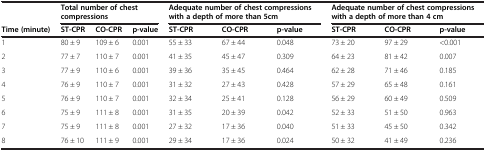
<table><thead><tr><td></td><td colspan="3"><b>Total number of chest compressions</b></td><td colspan="3"><b>Adequate number of chest compressions with a depth of more than 5cm</b></td><td colspan="3"><b>Adequate number of chest compressions with a depth of more than 4 cm</b></td></tr><tr><td><b>Time (minute)</b></td><td><b>ST-CPR</b></td><td><b>CO-CPR</b></td><td><b>p-value</b></td><td><b>ST-CPR</b></td><td><b>CO-CPR</b></td><td><b>p-value</b></td><td><b>ST-CPR</b></td><td><b>CO-CPR</b></td><td><b>p-value</b></td></tr></thead><tbody><tr><td>1</td><td>80 ± 9</td><td>109 ± 6</td><td>0.001</td><td>55 ± 33</td><td>67 ± 44</td><td>0.048</td><td>73 ± 20</td><td>97 ± 29</td><td>&lt;0.001</td></tr><tr><td>2</td><td>77 ± 7</td><td>110 ± 7</td><td>0.001</td><td>41 ± 35</td><td>45 ± 47</td><td>0.309</td><td>64 ± 23</td><td>81 ± 42</td><td>0.007</td></tr><tr><td>3</td><td>77 ± 9</td><td>110 ± 6</td><td>0.001</td><td>39 ± 36</td><td>35 ± 45</td><td>0.464</td><td>62 ± 28</td><td>71 ± 46</td><td>0.185</td></tr><tr><td>4</td><td>76 ± 9</td><td>110 ± 7</td><td>0.001</td><td>31 ± 32</td><td>27 ± 43</td><td>0.428</td><td>57 ± 29</td><td>65 ± 48</td><td>0.161</td></tr><tr><td>5</td><td>76 ± 9</td><td>110 ± 7</td><td>0.001</td><td>32 ± 34</td><td>25 ± 41</td><td>0.128</td><td>56 ± 29</td><td>60 ± 49</td><td>0.509</td></tr><tr><td>6</td><td>75 ± 9</td><td>111 ± 8</td><td>0.001</td><td>31 ± 35</td><td>20 ± 39</td><td>0.042</td><td>52 ± 33</td><td>51 ± 50</td><td>0.963</td></tr><tr><td>7</td><td>75 ± 9</td><td>111 ± 8</td><td>0.001</td><td>27 ± 32</td><td>17 ± 36</td><td>0.040</td><td>51 ± 33</td><td>45 ± 50</td><td>0.342</td></tr><tr><td>8</td><td>76 ± 10</td><td>111 ± 9</td><td>0.001</td><td>29 ± 34</td><td>17 ± 36</td><td>0.024</td><td>50 ± 32</td><td>41 ± 49</td><td>0.236</td></tr></tbody></table>